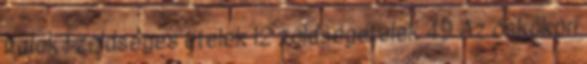
italok 1 zöldséges ételek 12 zöldségételek 49 Az őskőkori